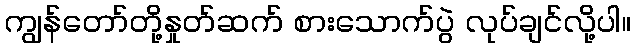
ကျွန်တော်တို့နှုတ်ဆက် စားသောက်ပွဲ လုပ်ချင်လို့ပါ။